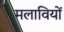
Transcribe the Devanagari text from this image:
मलावियों